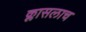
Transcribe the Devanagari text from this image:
क्लासलाच